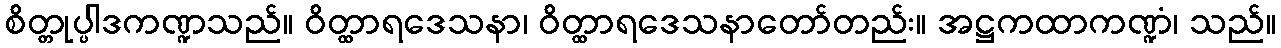
စိတ္တုပ္ပါဒကဏ္ဍသည်။ ဝိတ္ထာရဒေသနာ၊ ဝိတ္ထာရဒေသနာတော်တည်း။ အဋ္ဌကထာကဏ္ဍံ၊ သည်။